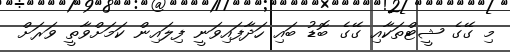
މި ގޭގެ ޝީޓްތަކާއި ގޭގެ ބޮޑު ބައި ހަދާފައިވަނީ ފިލައިން ކަމަށްވާތީ ވަރަށް